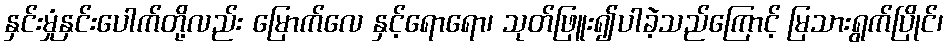
နှင်းမှုံနှင်းပေါက်တို့လည်း မြောက်လေ နှင့်ရောရော၊ သုတ်ဖြူး၍ပါခဲ့သည်ကြောင့် မြသားရွက်ပြိုင်၊